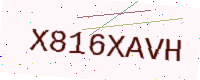
Text: X816XAVH